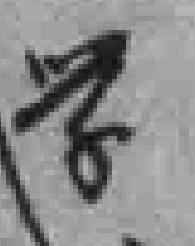
学